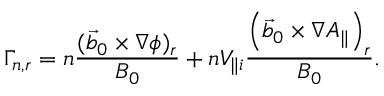
\Gamma _ { n , r } = n \frac { ( \vec { b } _ { 0 } \times \nabla \phi ) _ { r } } { B _ { 0 } } + n V _ { \parallel i } \frac { \left( \vec { b } _ { 0 } \times \nabla A _ { \parallel } \right) _ { r } } { B _ { 0 } } .